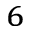
^ 6